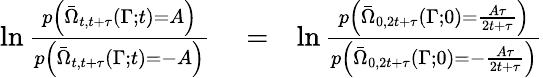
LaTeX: \begin{array}{rlr}{\ln\frac{p\left(\bar{\Omega}_{t,t+\tau}(\Gamma;t)=A\right)}{p\left(\bar{\Omega}_{t,t+\tau}(\Gamma;t)=-A\right)}}&{{}=}&{\ln\frac{p\left(\bar{\Omega}_{0,2t+\tau}(\Gamma;0)=\frac{A\tau}{2t+\tau}\right)}{p\left(\bar{\Omega}_{0,2t+\tau}(\Gamma;0)=-\frac{A\tau}{2t+\tau}\right)}}\end{array}